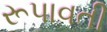
રૂપાવતી